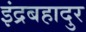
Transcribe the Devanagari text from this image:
इंद्रबहादुर